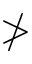
\ngtr